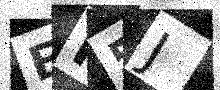
Text: EI5J